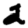
Digit: 2